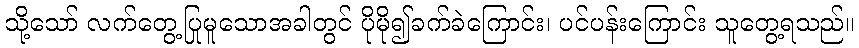
သို့သော် လက်တွေ့ပြုမူသောအခါတွင် ပိုမို၍ခက်ခဲကြောင်း၊ ပင်ပန်းကြောင်း သူတွေ့ရသည်။